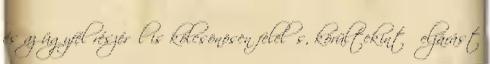
és az ügyfél részéről is kölcsönösen felelős, körültekintő eljárást